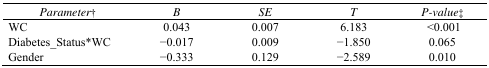
| Parameter† | B | SE | T | P-value‡ |
 | --- | --- | --- | --- | --- |
 | WC | 0.043 | 0.007 | 6.183 | <0.001 |
 | Diabetes_Status*WC | −0.017 | 0.009 | −1.850 | 0.065 |
 | Gender | −0.333 | 0.129 | −2.589 | 0.010 |